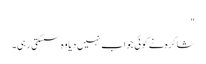
"
شاکرہ نے کوئی جواب نہیں دیا وہ سسکتی رہی۔